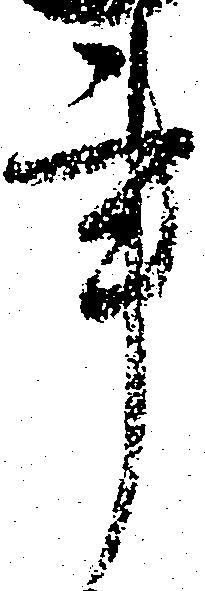
事